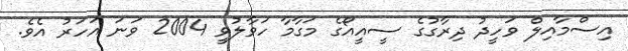
އިސްމާއިލް ވަހީދު ދިރާގުގެ ސީއީއޯގެ މަގާމާ ހަވާލުވީ 2004 ވަނަ އަހަރު އެވެ.